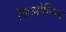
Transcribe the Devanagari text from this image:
सिओम्जिन